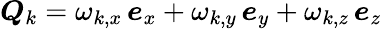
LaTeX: \boldsymbol{Q}_{k}=\omega_{k,x}\, \boldsymbol{e}_{x}+\omega_{k,y}\, \boldsymbol{e}_{y}+\omega_{k,z}\, \boldsymbol{e}_{z}